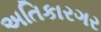
અતિકારગર